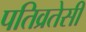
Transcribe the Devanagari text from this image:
पतिव्रतेसी